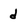
Character: d